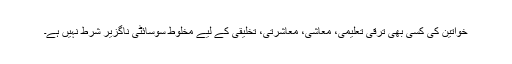
خواتین کی کسی بھی ترقی تعلیمی، معاشی، معاشرتی، تخلیقی کے لیے مخلوط سوسائٹی ناگزیر شرط نہیں ہے۔